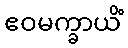
ဧဝမက္ခာယိံ